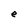
Character: e